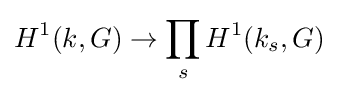
H^{1}(k,G)\rightarrow \prod _{s}H^{1}(k_{s},G)